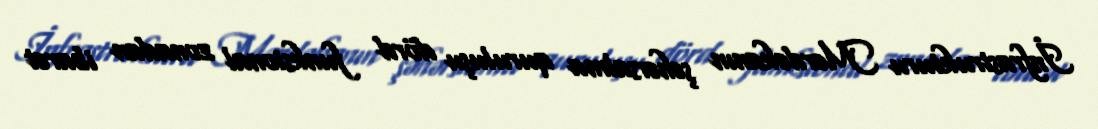
İnfrastrukturu Mərdəkanın şəhərsalma quruluşu dörd funksional zonadan ibarət